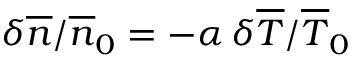
\delta \overline { { n } } / \overline { { n } } _ { 0 } = - \alpha \, \delta \overline { { T } } / \overline { { T } } _ { 0 }